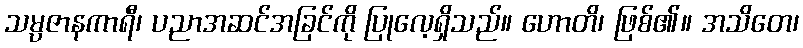
သမ္ပဇာနကာရီ၊ ပညာအဆင်အခြင်ကို ပြုလေ့ရှိသည်။ ဟောတိ၊ ဖြစ်၏။ အသိတေ၊